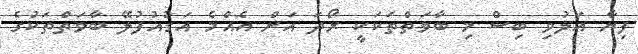
ފިޔާ އަލުވި ބިސް މި ބާވަތްތަކަކީ ރޯދަ އަށް އެއްމެ އަގުއުފުލޭ ބާވަތްތަކުގެ